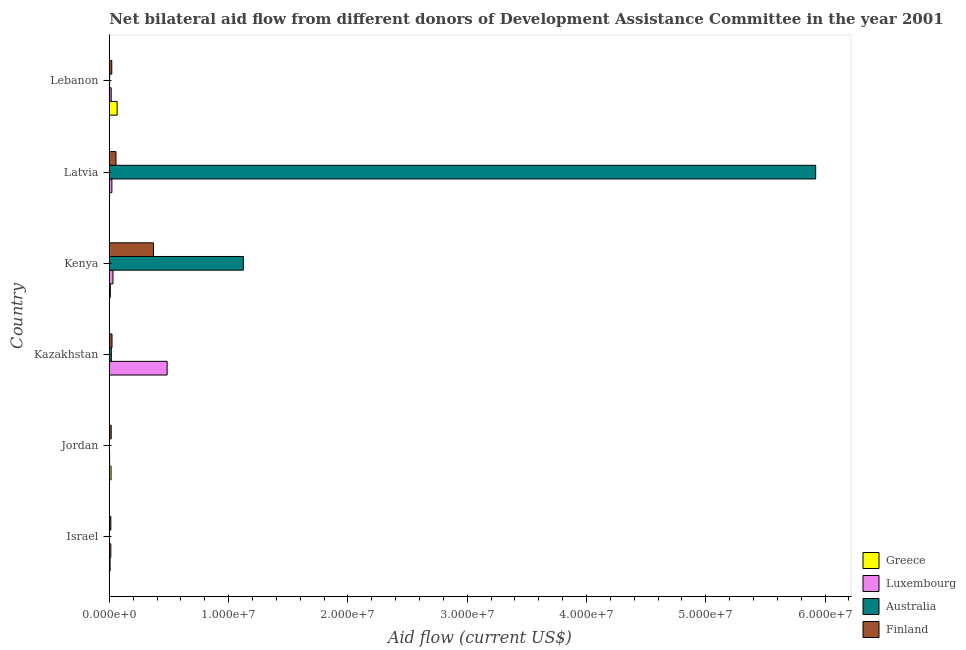
| Country | Greece | Luxembourg | Australia | Finland |
 | --- | --- | --- | --- | --- |
 | Israel | 7e+04 | 1.3e+05 | 1e+04 | 1.3e+05 |
 | Jordan | 1.5e+05 | 3e+04 | 1e+04 | 1.6e+05 |
 | Kazakhstan | 1e+04 | 4.85e+06 | 1.7e+05 | 2.3e+05 |
 | Kenya | 9e+04 | 3.1e+05 | 1.12e+07 | 3.7e+06 |
 | Latvia | 2e+04 | 2.2e+05 | 5.92e+07 | 5.6e+05 |
 | Lebanon | 6.6e+05 | 1.6e+05 | 3e+04 | 2.1e+05 |